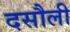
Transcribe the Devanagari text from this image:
दसौली